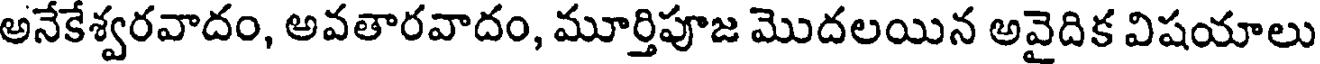
అనేకేశ్వరవాదం, అవతారవాదం, మూర్తిపూజ మొదలయిన అవైదిక విషయాలు